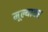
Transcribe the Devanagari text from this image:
मूल्यावर